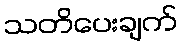
သတိပေးချက်